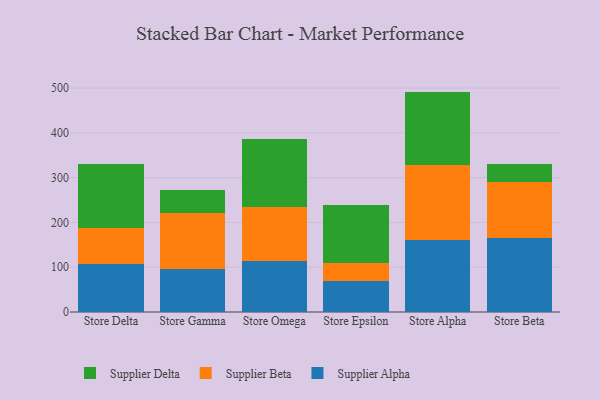
{"axis": {"x": "Store", "y": "Operating Costs (USD K)"}, "legend": ["Supplier Alpha", "Supplier Beta", "Supplier Delta"], "data": [{"x": "Store Delta", "y": 106.7, "type": "Supplier Alpha"}, {"x": "Store Delta", "y": 81.1, "type": "Supplier Beta"}, {"x": "Store Delta", "y": 143.5, "type": "Supplier Delta"}, {"x": "Store Gamma", "y": 96.3, "type": "Supplier Alpha"}, {"x": "Store Gamma", "y": 125.7, "type": "Supplier Beta"}, {"x": "Store Gamma", "y": 49.8, "type": "Supplier Delta"}, {"x": "Store Omega", "y": 113.9, "type": "Supplier Alpha"}, {"x": "Store Omega", "y": 120.6, "type": "Supplier Beta"}, {"x": "Store Omega", "y": 151.1, "type": "Supplier Delta"}, {"x": "Store Epsilon", "y": 68.8, "type": "Supplier Alpha"}, {"x": "Store Epsilon", "y": 39.5, "type": "Supplier Beta"}, {"x": "Store Epsilon", "y": 131.6, "type": "Supplier Delta"}, {"x": "Store Alpha", "y": 161.7, "type": "Supplier Alpha"}, {"x": "Store Alpha", "y": 167.0, "type": "Supplier Beta"}, {"x": "Store Alpha", "y": 163.4, "type": "Supplier Delta"}, {"x": "Store Beta", "y": 165.5, "type": "Supplier Alpha"}, {"x": "Store Beta", "y": 124.8, "type": "Supplier Beta"}, {"x": "Store Beta", "y": 39.2, "type": "Supplier Delta"}]}